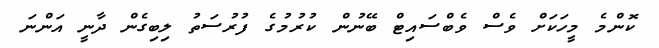
ކޮންމެ މީހަކަށް ވެސް ވެބްސައިޓް ބޭނުން ކުރުމުގެ ފުރުސަތު ލިބިގެން ދާނީ އަންނަ